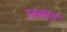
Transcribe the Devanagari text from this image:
छबाड